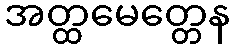
အတ္ထမေတ္တေန